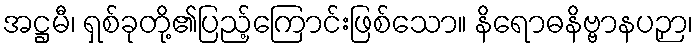
အဋ္ဌမီ၊ ရှစ်ခုတို့၏ပြည့်ကြောင်းဖြစ်သော။ နိရောဓနိဗ္ဗာနပဉှာ၊